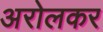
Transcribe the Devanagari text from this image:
अरोलकर